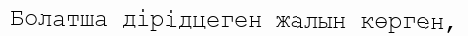
Болатша дірідцеген жалын көрген,